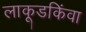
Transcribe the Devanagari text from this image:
लाकूडकिंवा